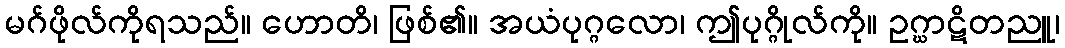
မဂ်ဖိုလ်ကိုရသည်။ ဟောတိ၊ ဖြစ်၏။ အယံပုဂ္ဂလော၊ ဤပုဂ္ဂိုလ်ကို။ ဥဂ္ဃာဋိတညူ၊